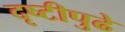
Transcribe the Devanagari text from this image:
दृष्टीपुढे